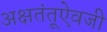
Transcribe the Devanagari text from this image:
अक्षतंतूऐवजी